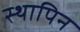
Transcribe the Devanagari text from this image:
स्थापिन